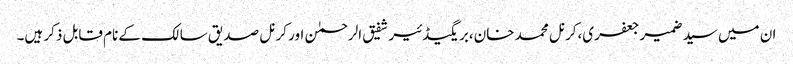
ان میں سید ضمیر جعفری،کرنل محمد خان،بریگیڈئیر شفیق الرحمٰن اور کرنل صدیق سالک کے نام قابل ذکر ہیں۔